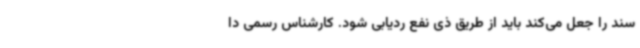
سند را جعل می‌کند باید از طریق ذی نفع ردیابی شود. کارشناس رسمی دا